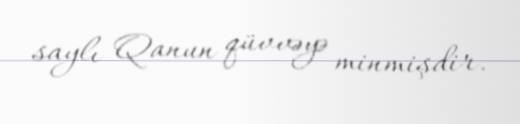
saylı Qanun qüvvəyə minmişdir.